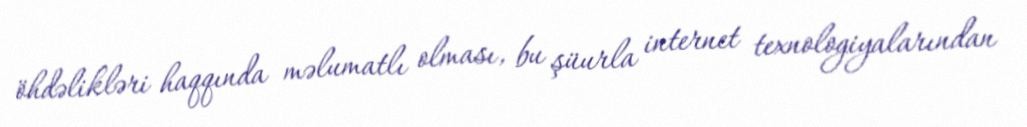
öhdəlikləri haqqında məlumatlı olması, bu şüurla internet texnologiyalarından